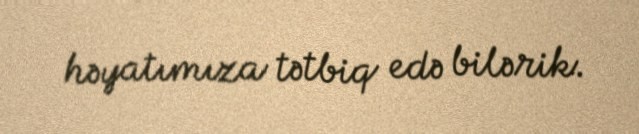
həyatımıza tətbiq edə bilərik.